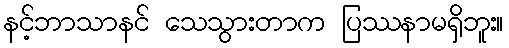
နင့်ဘာသာနင် သေသွားတာက ပြဿနာမရှိဘူး။